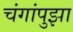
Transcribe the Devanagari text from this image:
चंगांपुझा